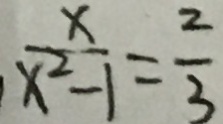
\frac { x } { x ^ { 2 } - 1 } = \frac { 2 } { 3 }